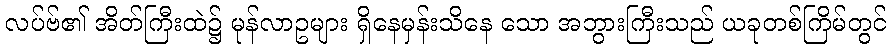
လပ်ဗ်၏ အိတ်ကြီးထဲ၌ မုန်လာဥများ ရှိနေမှန်းသိနေ သော အဘွားကြီးသည် ယခုတစ်ကြိမ်တွင်